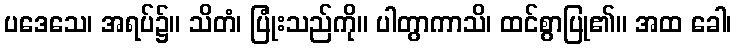
ပဒေသေ၊ အရပ်၌။ သိတံ၊ ပြုံးသည်ကို။ ပါတွာကာသိ၊ ထင်စွာပြု၏။ အထ ခေါ၊